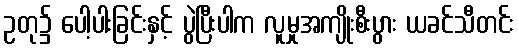
ဥတု၌ ပေါ့ပါးခြင်းနှင့် ပွဲပြီးပါက လူမှုအကျိုးစီးပွား ယခင်သီတင်း